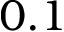
0 . 1